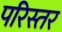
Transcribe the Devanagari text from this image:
परिस्तर